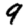
Digit: 9